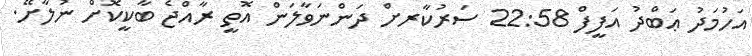
އަހުމަދު ޢަބްދު އަފީފް 22:58 ސަރުކާރށް ދަންނަވާލަން އޮތީ ރާއްޖެ ބާކީކޮށް ނުލާށޭ.